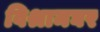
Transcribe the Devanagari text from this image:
विश्रामघर